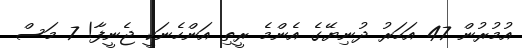
އުމުރުން 47 އަހަރު ދުނިޔޭގެ އެންމެ ރީތި އަންހެނަކީ ޖެނީފާ! 7 މަސް